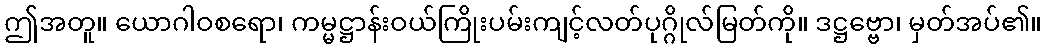
ဤအတူ။ ယောဂါဝစရော၊ ကမ္မဋ္ဌာန်းဝယ်ကြိုးပမ်းကျင့်လတ်ပုဂ္ဂိုလ်မြတ်ကို။ ဒဋ္ဌဗ္ဗော၊ မှတ်အပ်၏။